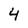
Character: 4